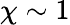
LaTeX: \chi\sim 1